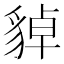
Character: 𧳝